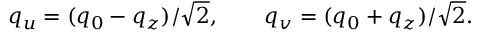
q _ { u } = ( q _ { 0 } - q _ { z } ) / \sqrt { 2 } , \qquad q _ { v } = ( q _ { 0 } + q _ { z } ) / \sqrt { 2 } .